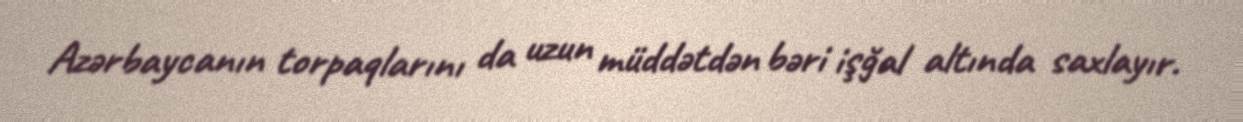
Azərbaycanın torpaqlarını da uzun müddətdən bəri işğal altında saxlayır.